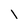
Character: i